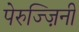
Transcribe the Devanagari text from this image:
पेरुज्ज़िनी